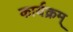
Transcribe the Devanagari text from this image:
कार्यक्रम्